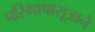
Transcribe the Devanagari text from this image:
परिभाषासूत्राने